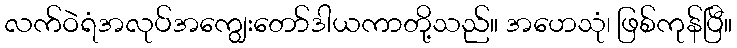
လက်ဝဲရံအလုပ်အကျွေးတော်ဒါယကာတို့သည်။ အဟေသုံ၊ ဖြစ်ကုန်ပြီ။